Civil Veterinary Department Bihar & Orissa reports 1929-36 - 1929-1936
Year: 1929
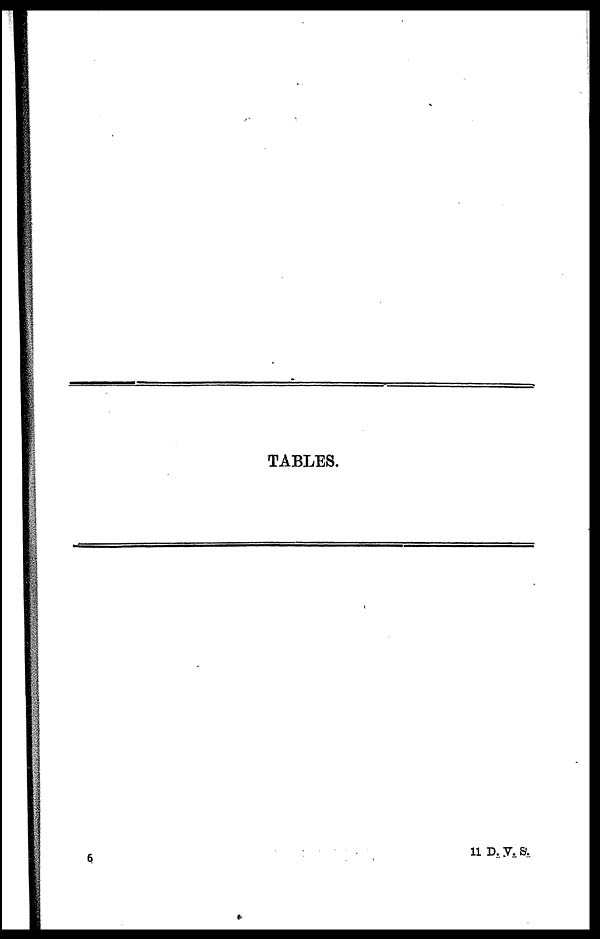
TABLES.
6 11 D. V. S.